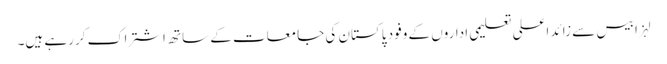
لہزا بیس سے زائد اعلی تعلیمی اداروں کے وفود پاکستان کی جامعات کے ساتھ اشتراک کررہے ہیں۔